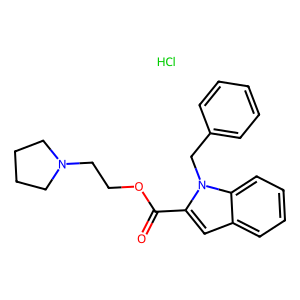
SMILES: Cl.O=C(OCCN1CCCC1)c1cc2ccccc2n1Cc1ccccc1
Inhibits HIV replication: No